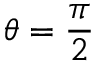
\theta = \frac { \pi } { 2 }